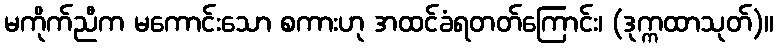
မကိုက်ညီက မကောင်းသော စကားဟု အထင်ခံရတတ်ကြောင်း၊ (ဒုက္ကထာသုတ်)။